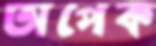
অপেক